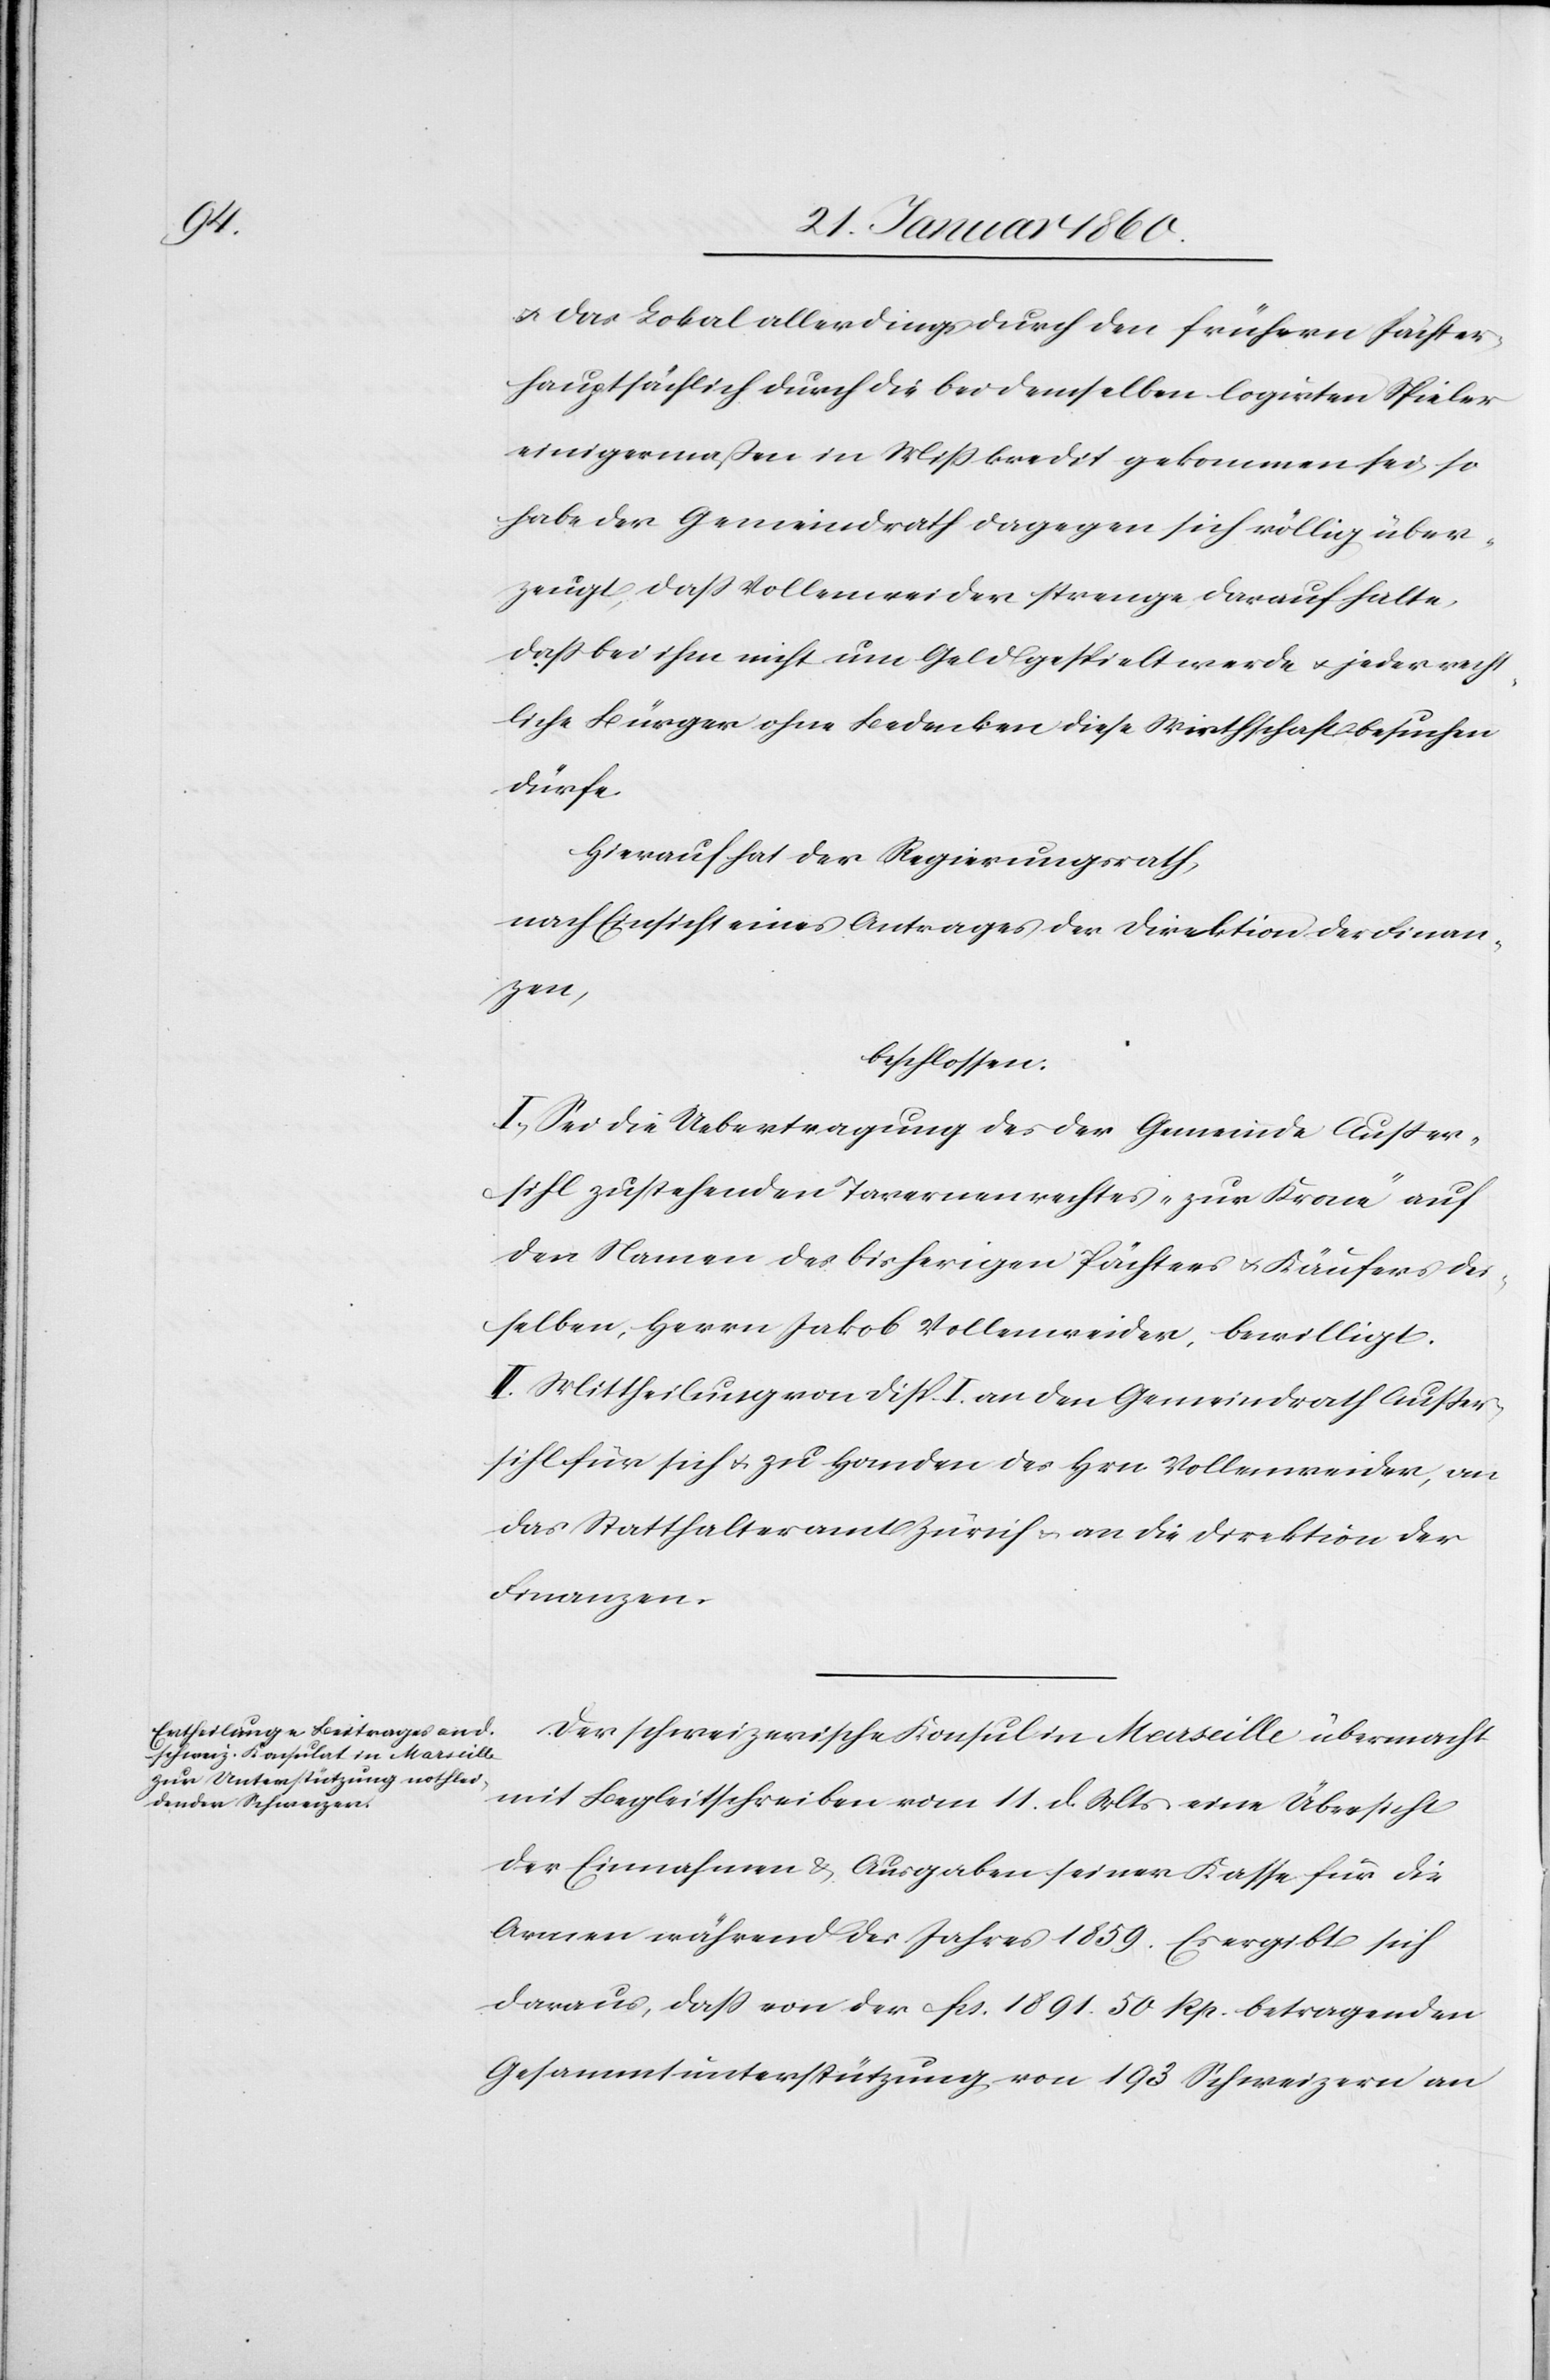
u. das Lokal allerdings durch den frühern Pächter
hauptsächlich durch die bei demselben logirten Spieler
einigermaßen in Mißkredit gekommen sei, so
habe der Gemeindrath dagegen sich völlig über¬
zeugt, daß Vollenweider strenge darauf halte,
daß bei ihm nicht um Geld gespielt werde u. jeder recht¬
liche Bürger ohne Bedenken diese Wirthschaft besuchen
dürfe.
Hierauf hat der Regierungsrath,
nach Einsicht eines Antrages der Direktion der Finan¬
zen,
beschlossen:
I. Sei die Uebertragung des der Gemeinde Ausser¬
sihl zustehenden Tavernenrechtes „zur Krone“ auf
den Namen des bisherigen Pächter u. Käufers der¬
selben, Herrn Jakob Vollenweider, bewilligt.
II. Mittheilung von Disp. I. an den Gemeindrath Ausser¬
sihl für sich u. z Handen des Hrn. Vollenweider, an
das Statthalteramt Zürich u. an die Direktion der
Finanzen.
Der schweizerische Konsul in Marseille übermacht
mit Begleitschreiben vom 11. d. Mts. eine Übersicht
der Einnahmen u. Ausgaben seiner Kasse für die
Armen während des Jahres 1859. Es ergibt sich
daraus, dass von der fcs. 1891. 50. Rp. betragenden
Gesammunterstützung von 193 Schweizern an